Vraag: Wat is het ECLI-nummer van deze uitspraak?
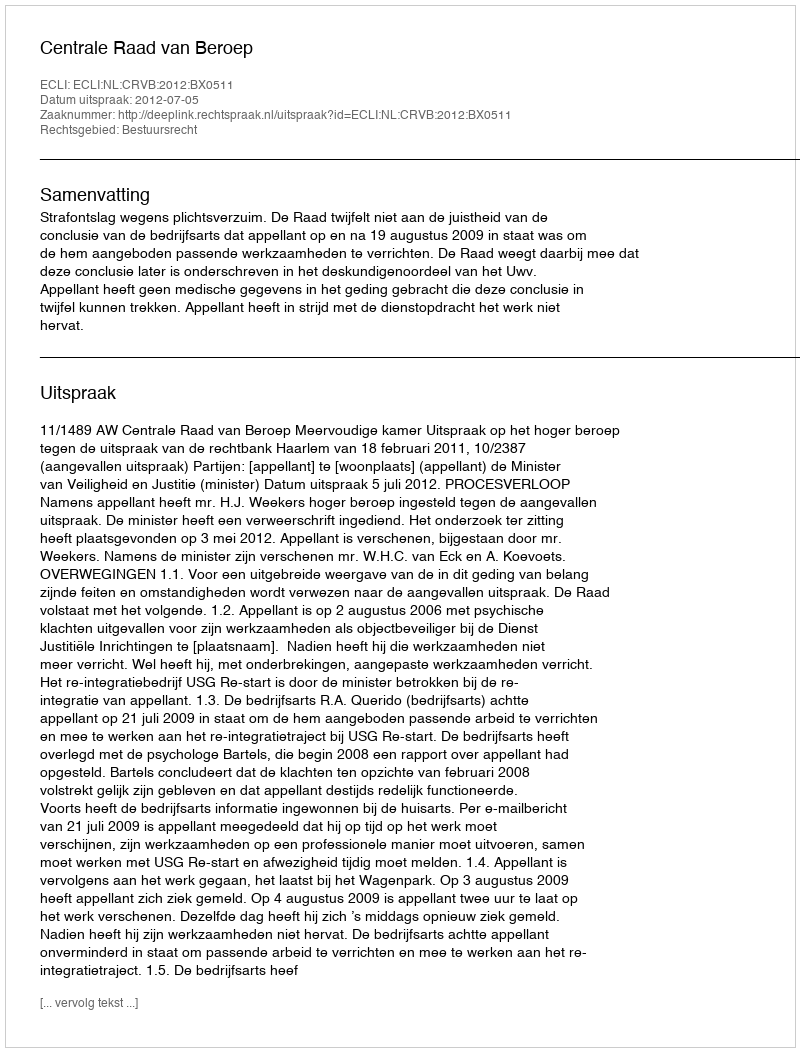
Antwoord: ECLI:NL:CRVB:2012:BX0511